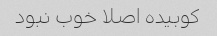
کوبیده اصلا خوب نبود